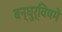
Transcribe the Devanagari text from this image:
बन्धुर्विषमे